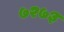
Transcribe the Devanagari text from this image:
७२७३